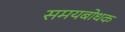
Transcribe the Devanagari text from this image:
समयबोधक